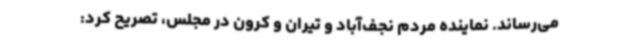
می‌رساند. نماینده مردم نجف‌آباد و تیران و کرون در مجلس، تصریح کرد: